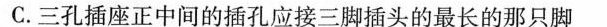
C.三孔插座正中间的插孔应接三脚插头的最长的那只脚